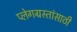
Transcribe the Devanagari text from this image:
प्लेगग्रस्तांसाठी